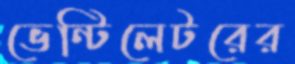
ভেন্টিলেটরের